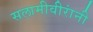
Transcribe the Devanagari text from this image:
सलामीवीरांनी